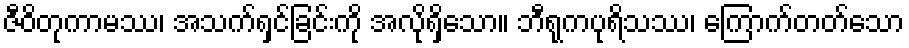
ဇီဝိတုကာမဿ၊ အသက်ရှင်ခြင်းကို အလိုရှိသော။ ဘီရုကပုရိသဿ၊ ကြောက်တတ်သော